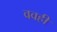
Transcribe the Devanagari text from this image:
ववही